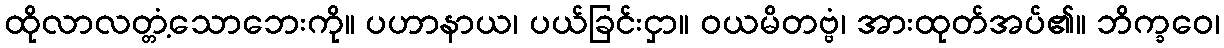
ထိုလာလတ္တံ့သောဘေးကို။ ပဟာနာယ၊ ပယ်ခြင်းငှာ။ ဝယမိတဗ္ဗံ၊ အားထုတ်အပ်၏။ ဘိက္ခဝေ၊